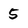
Character: 5